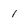
Character: 1